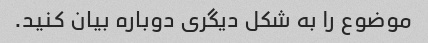
موضوع را به شکل دیگری دوباره بیان کنید.